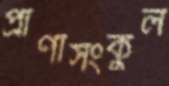
প্রাণীসংকুল